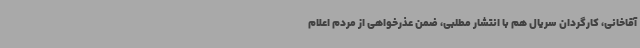
آقاخانی، کارگردان سریال هم با انتشار مطلبی، ضمن عذرخواهی از مردم اعلام